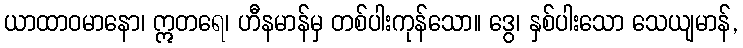
ယာထာဝမာနော၊ ဣတရေ၊ ဟီနမာန်မှ တစ်ပါးကုန်သော။ ဒွေ၊ နှစ်ပါးသော သေယျမာန်,